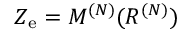
Z _ { \mathrm { e } } = M ^ { ( N ) } ( R ^ { ( N ) } )